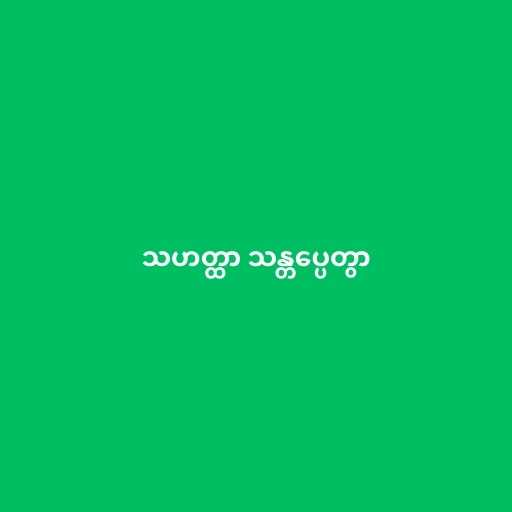
သဟတ္ထာ သန္တပ္ပေတွာ